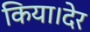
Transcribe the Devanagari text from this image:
किया।देर